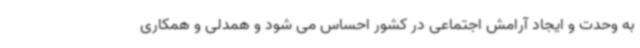
به وحدت و ایجاد آرامش اجتماعی در کشور احساس می شود و همدلی و همکاری